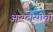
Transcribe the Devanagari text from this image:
आयटीसीची